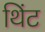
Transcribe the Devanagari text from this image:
थिंट